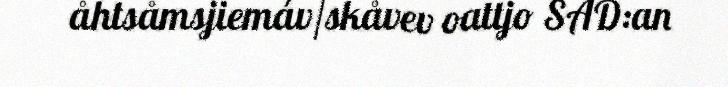
åhtsåmsjiemáv/skåvev oattjo SAD:an